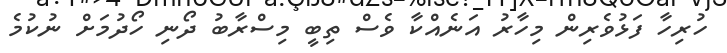
ހުރިހާ ފަޅުވެރިން މިހާރު އަނެއްކާ ވެސް ތިބީ މިސްރާބު ދޯނި ހޯދުމަށް ނުކުމެ